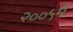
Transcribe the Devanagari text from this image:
२००५मै